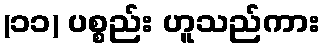
(၁၁) ပစ္စည်း ဟူသည်ကား